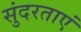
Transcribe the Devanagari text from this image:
सुंदरताएं